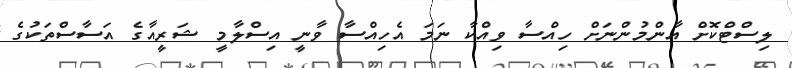
ލިސްޓްކޮށް އާންމުންނަށް ހިއްސާ ވިއްކާ ނަމަ އެހިއްސާ ވާނީ އިސްލާމީ ޝަރީއާގެ އަސާސްތަކުގެ